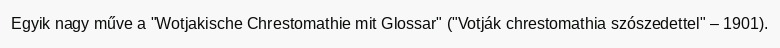
Egyik nagy műve a "Wotjakische Chrestomathie mit Glossar" ("Votják chrestomathia szószedettel" – 1901).